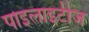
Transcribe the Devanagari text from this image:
पाइलाइटीज